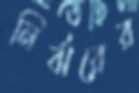
নির্ঝরের